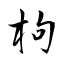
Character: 枸